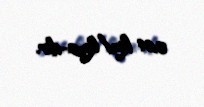
0,64 km/km2-dir.